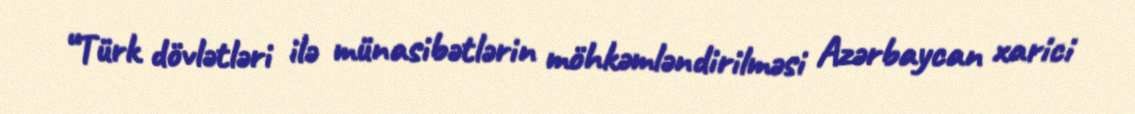
“Türk dövlətləri ilə münasibətlərin möhkəmləndirilməsi Azərbaycan xarici